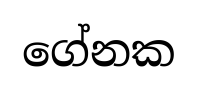
ගේනක